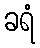
ခရံ